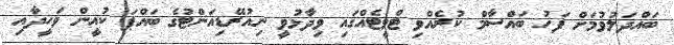
ބައްދަލުވުމަށް ފަހު ބައްސާމް ކުރެއްވި ޓްވީޓެއްގައި ވިދާޅުވީ ނިއުރޭޑިއަންޓުގެ ބައްޕަ ކުއީން ވަހީދާއި